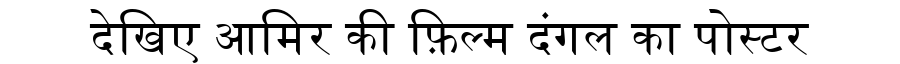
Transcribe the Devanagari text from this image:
देखिए आमिर की फ़िल्म दंगल का पोस्टर